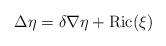
LaTeX: \begin{align*} \Delta \eta = \delta \nabla \eta + {\rm Ric} (\xi) \end{align*}